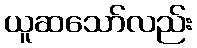
ယူဆသော်လည်း